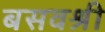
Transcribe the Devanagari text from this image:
बसवश्री